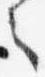
之